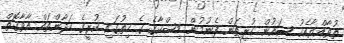
ތުވާއްޔާއެކު ސައުން ހުރިތަން ފެނުމުން މިޝްކާގެ ގެ ހިތުގައި ކުރީގެ ހަދާންތައް އާވާގޮތް